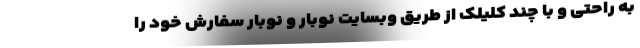
به راحتی و با چند کلیلک از طریق وبسایت نوبار و نوبار سفارش خود را